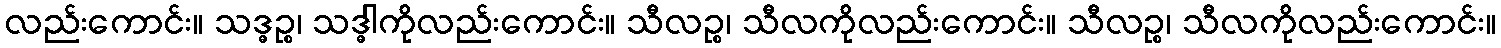
လည်းကောင်း။ သဒ္ဓဉ္စ၊ သဒ္ဓါကိုလည်းကောင်း။ သီလဉ္စ၊ သီလကိုလည်းကောင်း။ သီလဉ္စ၊ သီလကိုလည်းကောင်း။